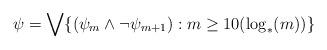
LaTeX: \begin{align*}\psi = \bigvee\{(\psi_m \wedge \neg \psi_{m+1}):m \ge 10 (\log_*(m) )\}\end{align*}